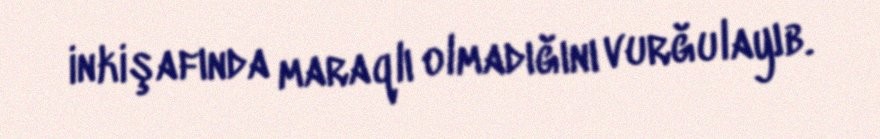
inkişafında maraqlı olmadığını vurğulayıb.